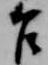
乍